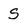
Character: s